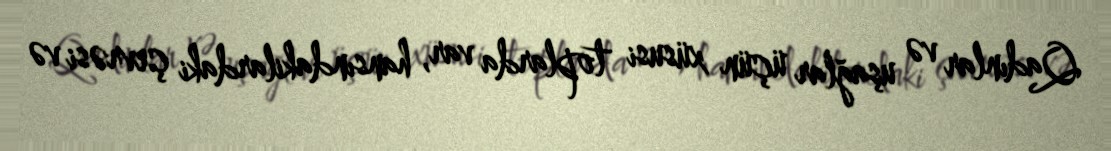
Qadınlar və uşağlar üçün xüsusi toplarda var, hansındakilardaki çevrəsi və